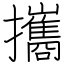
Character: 攜